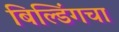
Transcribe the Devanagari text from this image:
बिल्डिंगचा